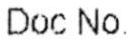
DOC NO.